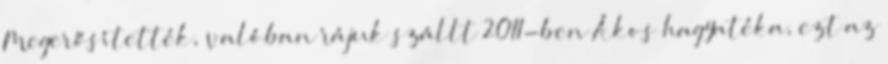
Megerősítették, valóban rájuk szállt 2011-ben Ákos hagyatéka, ezt az